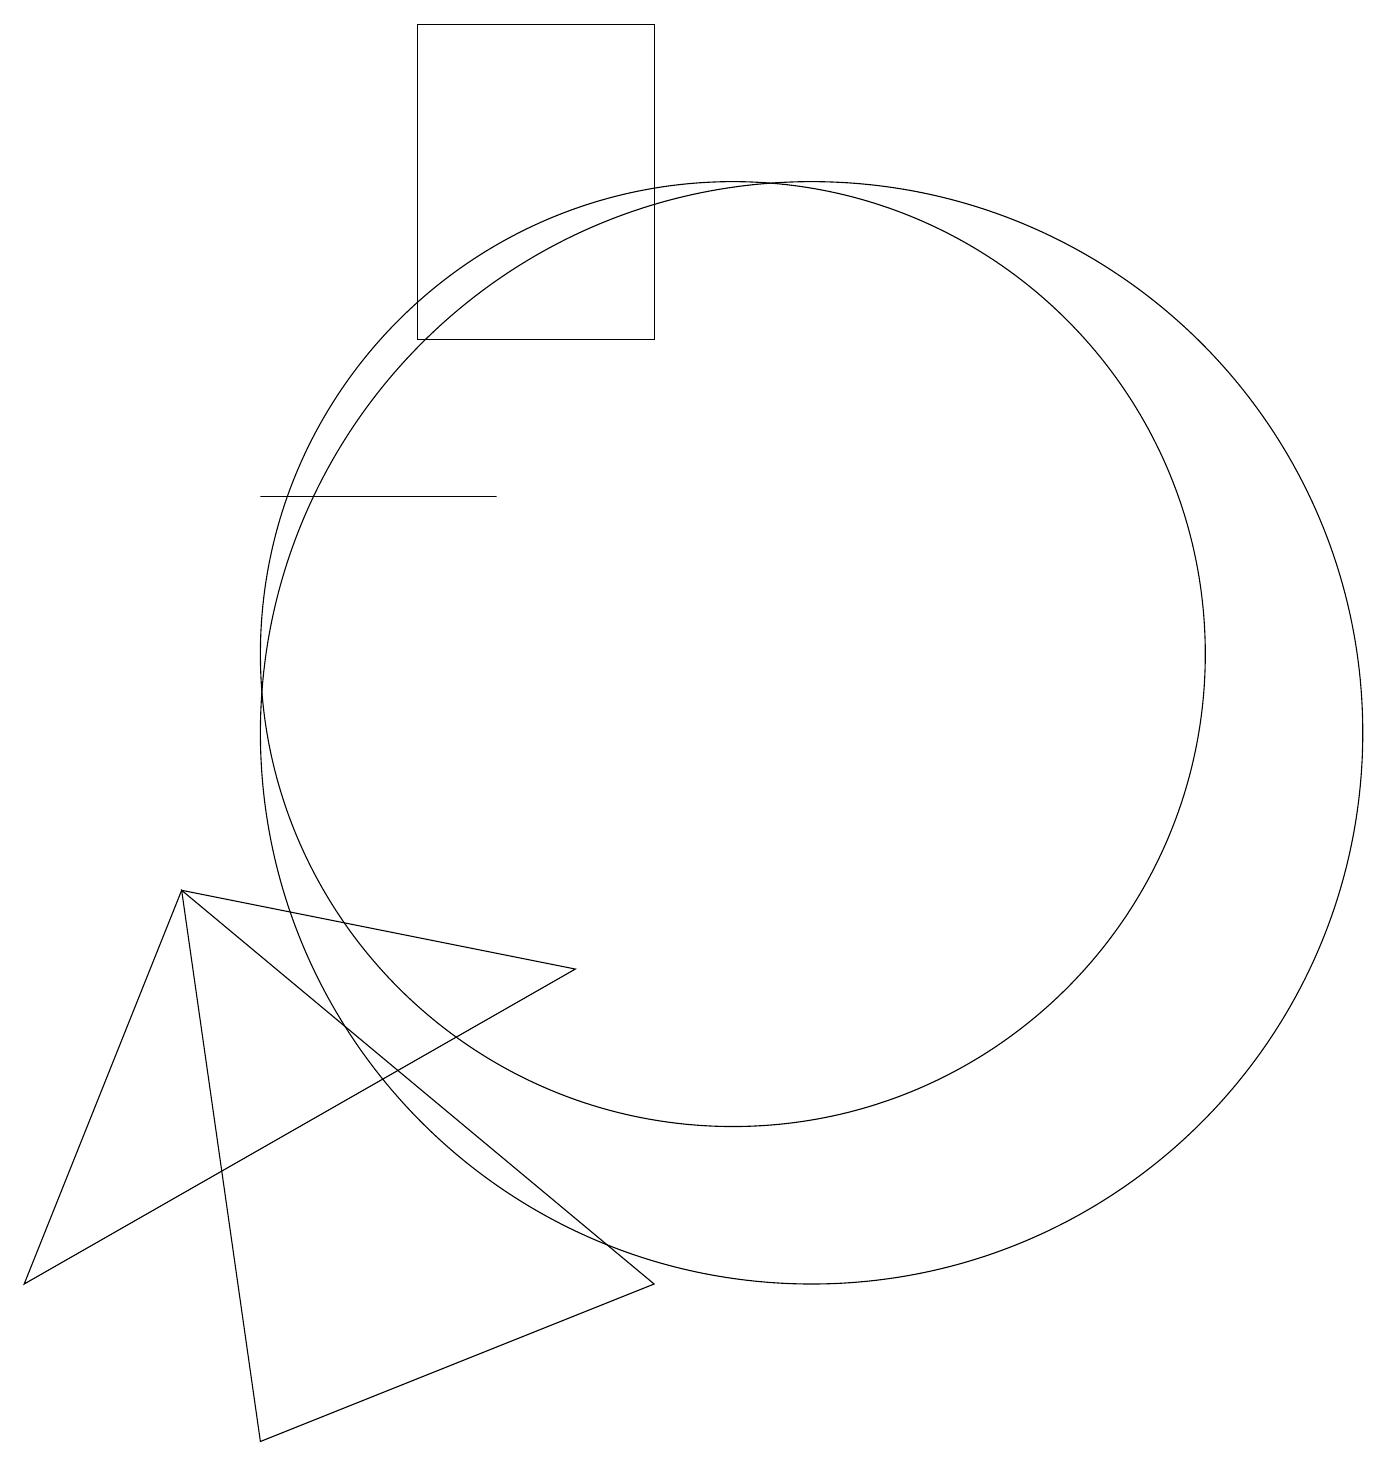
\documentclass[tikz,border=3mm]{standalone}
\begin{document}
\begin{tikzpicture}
\draw (6,19) rectangle (9,15);
\draw (3,8) -- (8,7) -- (1,3) -- cycle;
\draw (4,13) rectangle (7,13);
\draw (11,10) circle (7);
\draw (9,3) -- (4,1) -- (3,8) -- cycle;
\draw (10,11) circle (6);
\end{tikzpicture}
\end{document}